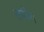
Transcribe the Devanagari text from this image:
त्तरीय